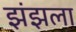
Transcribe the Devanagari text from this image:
झंझला